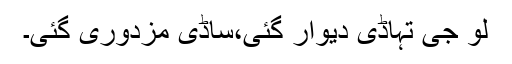
لو جی تہاڈی دیوار گئی،ساڈی مزدوری گئی۔